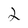
Character: 2